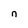
Character: n